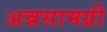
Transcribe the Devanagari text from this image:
अन्नसामग्री